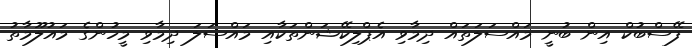
ފޭސްބުކް އިން ބުނީ މައްސަލަތައް ދިމާވި އެޕްލިކޭޝަންތަކާއި މައްސަލަ ދިމާވި މީހުންގެ މައުލޫމާތު